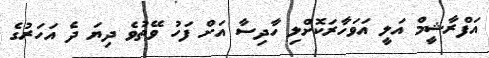
އަފްރާޝީމް އަލީ އަވަހާރަކޮށްލި ހާދިސާ އަށް ފަހު ވޭތުވެ ދިޔަ ދެ އަހަރުގެ